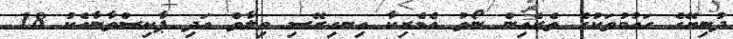
ދުނިޔޭގެ ގައުމުތަކުގެ ތެރެއިން ނޯތު އެމެރިކާ އިނގިރޭސި ވިލާތް އަދި ޕާކިސްތާނާއެކު 18